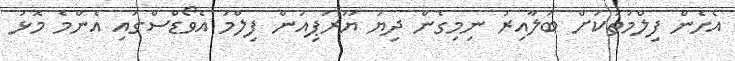
އެހެން ފިލްމުތަކަށް ބަލާއިރު ނިމިގެން ދިޔަ ޔޫރަޕިއަން ފިލްމު އެވޯޑްސްގައި އެންމެ މޮޅު